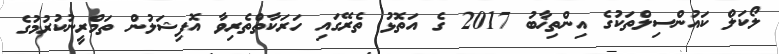
ލޯކަލް ކައުންސިލްތަކުގެ އިންތިޚާބު 2017 ގެ އަތޮޅު ތެރޭގައި ހަރަކާތްތެރިވާ އޮފިޝަލުން ތަމްރީނުކުރުމުގެ